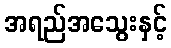
အရည်အသွေးနှင့်